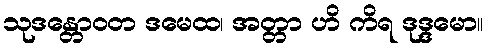
သုဒန္တောဝတ ဒမေထ၊ အတ္တာ ဟိ ကိရ ဒုဒ္ဒမော။